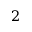
2